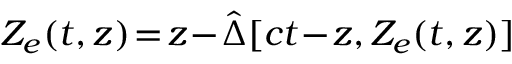
Z _ { e } ( t , z ) \! = \! z \! - \! \hat { \Delta } [ c t \! - \! z , Z _ { e } ( t , z ) ]